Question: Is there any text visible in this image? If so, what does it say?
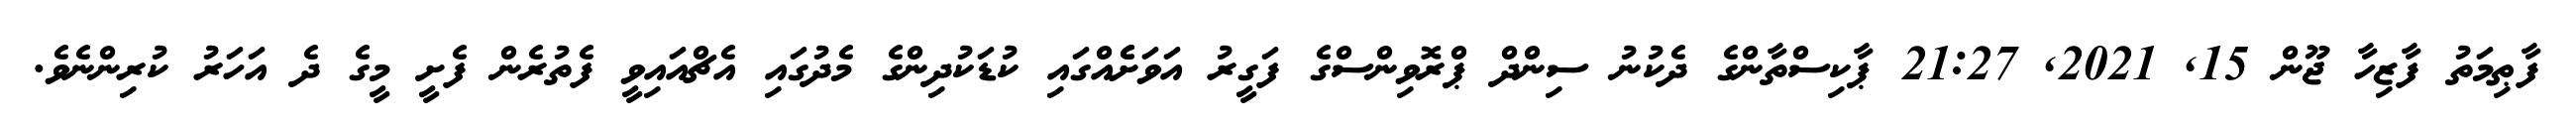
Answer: ފާޠިމަތު ފާޒިހާ ޖޫން 15, 2021, 21:27 ޕާކިސްތާންގެ ދެކުނު ސިންދް ޕްރޮވިންސްގެ ފަގީރު އަވަށެެއްގައި ކުޑަކުދިންގެ މެދުގައި އެޗްއައިވީ ފެތުރެން ފެށީ މީގެ ދެ އަހަރު ކުރިންނެވެ.